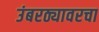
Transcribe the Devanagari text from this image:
उंबरठ्यावरचा